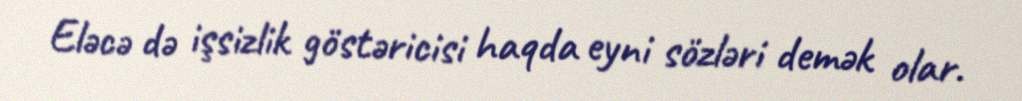
Eləcə də işsizlik göstəricisi haqda eyni sözləri demək olar.